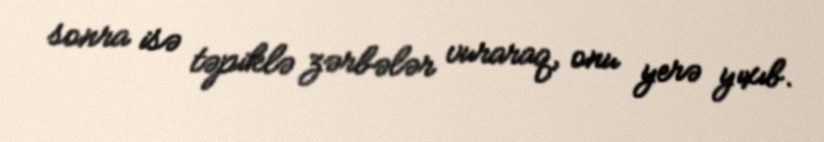
sonra isə təpiklə zərbələr vuraraq, onu yerə yıxıb.